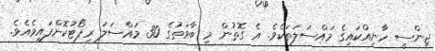
ޖިންސީ ހާނިއްކައިގެ މައްސަލަތަކެވެ. އެ ގޮތުން މި ބާވަތުގެ 30 މައްސަލަ ރިޕޯޓުކޮށްފައިވެއެވެ.